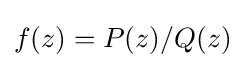
f(z)=P(z)/Q(z)